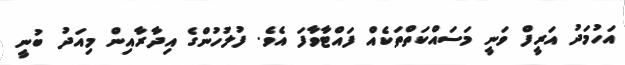
އަހުމަދު އަރީފް ވަނީ މަސައްކަތްތަކެއް ފައްޓާވާފަ އެވެ. ފުލުހުންގެ އިދާރާއިން މިއަދު ބުނީ